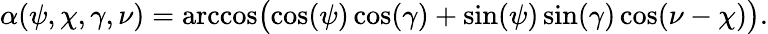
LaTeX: \alpha(\psi,\chi,\gamma,\nu)=\operatorname{arccos}\! \big(\! \cos(\psi)\cos(\gamma)+\sin(\psi)\sin(\gamma)\cos(\nu-\chi)\big).